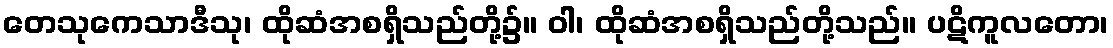
တေသုကေသာဒီသု၊ ထိုဆံအစရှိသည်တို့၌။ ဝါ၊ ထိုဆံအစရှိသည်တို့သည်။ ပဋိကူလတော၊